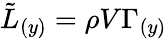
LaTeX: {\tilde{L}}_{(y)}=\rho V\Gamma_{(y)}